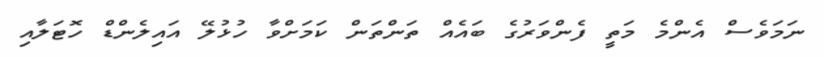
ނަމަވެސް އެންމެ މަތީ ފެންވަރުގެ ބައެއް ތަންތަން ކަމަށްވާ ހުޅުލޭ އައިލެންޑް ހޮޓަލާއި